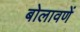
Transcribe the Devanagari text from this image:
बोलावणें